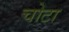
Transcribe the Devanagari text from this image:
चोटा